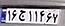
۱۶ج۱۱۴۶۷